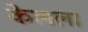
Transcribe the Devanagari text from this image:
केलला